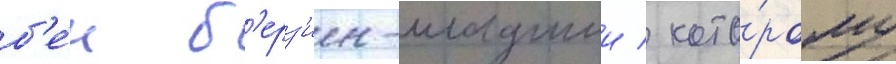
б'е́н б'ерз'ин-младшии / кото́рому